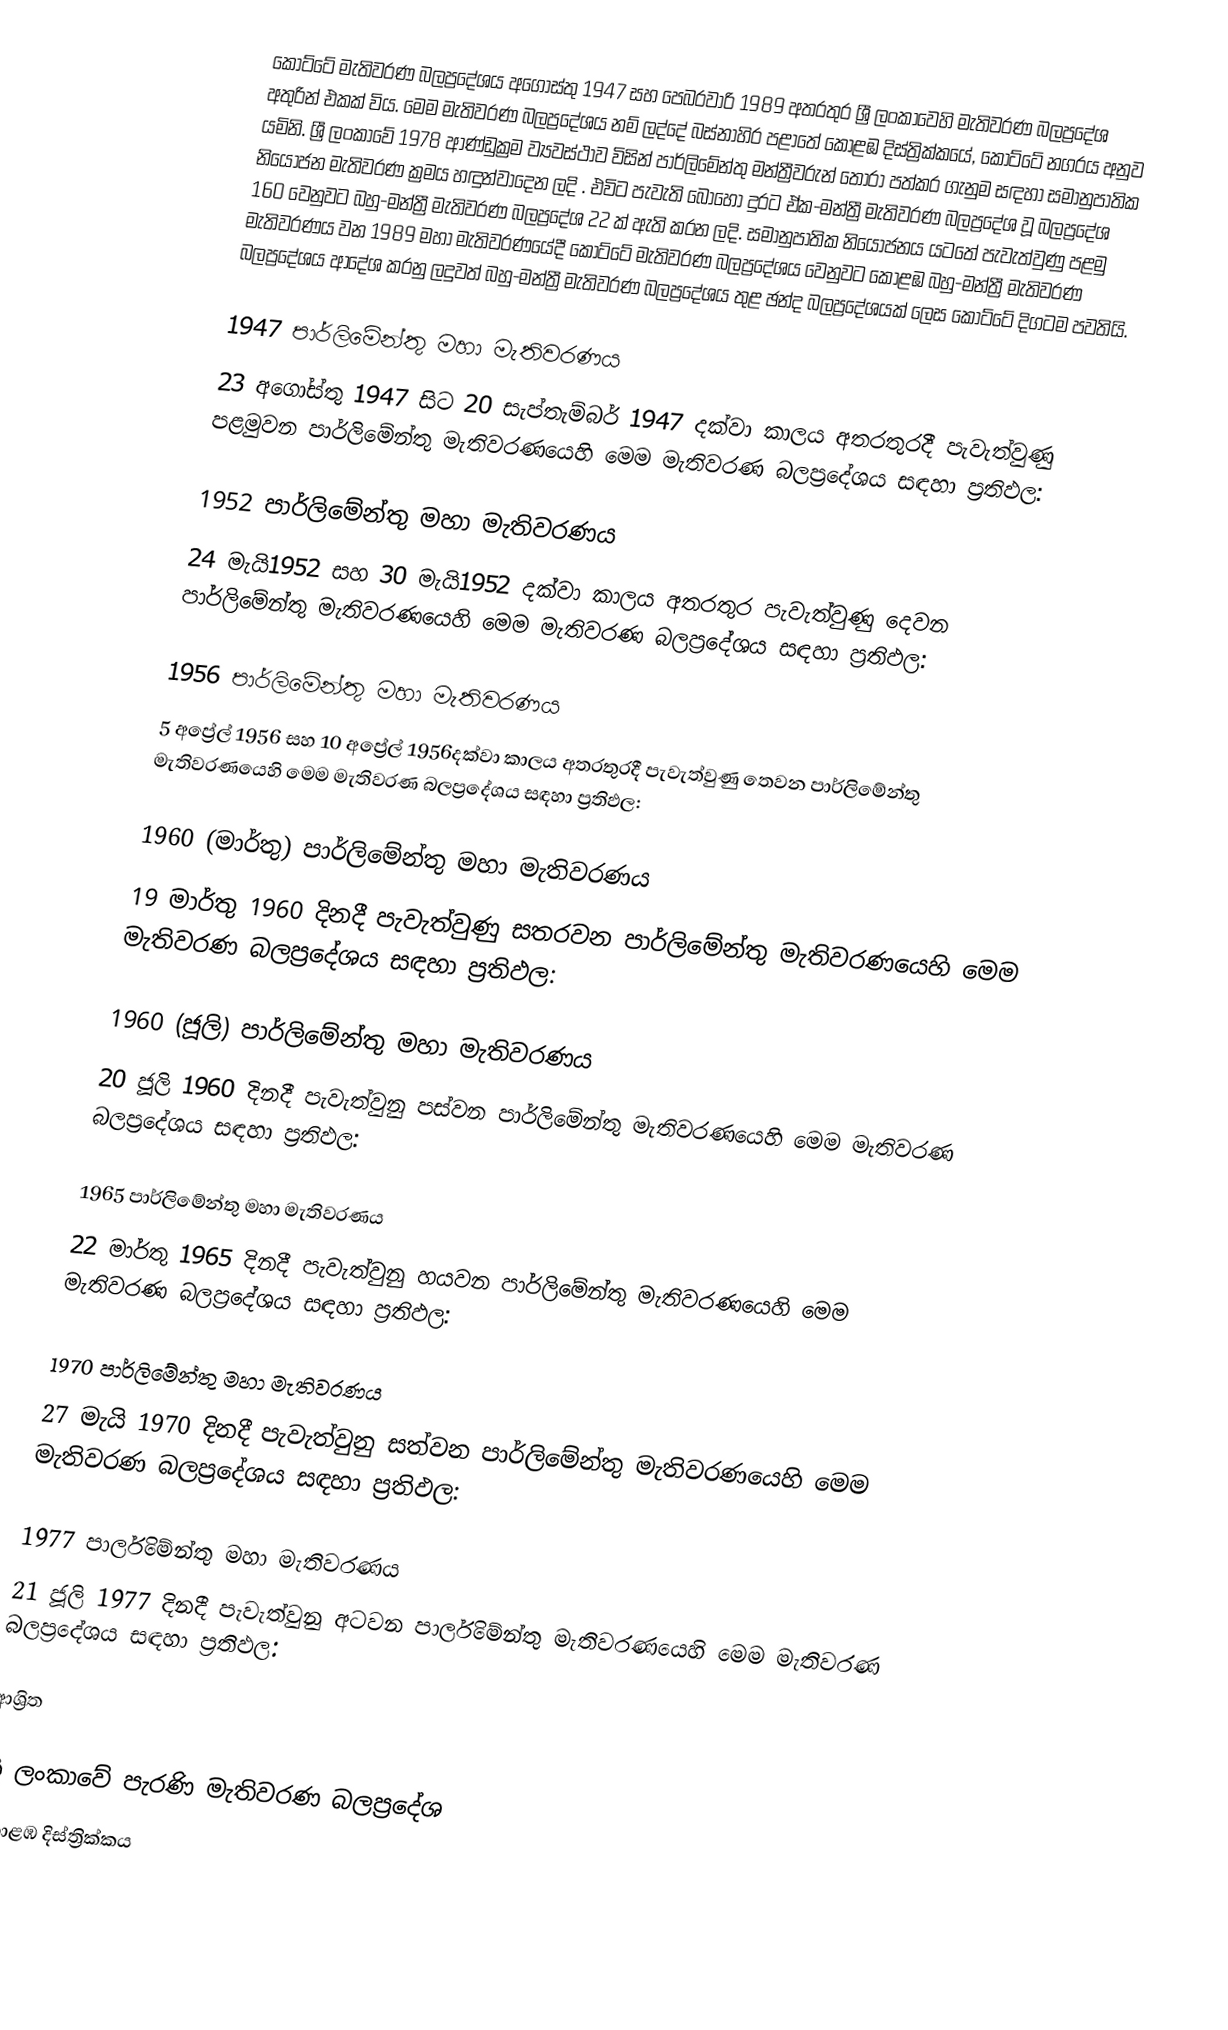
කෝට්ටේ මැතිවරණ බලප්‍රදේශය අගෝස්තු 1947 සහ පෙබරවාරි 1989 අතරතුර  ශ්‍රී ලංකාවෙහි  මැතිවරණ බලප්‍රදේශ අතුරින් එකක් විය. මෙම මැතිවරණ බලප්‍රදේශය නම් ලද්දේ  බස්නාහිර පළාතේ  කොළඹ දිස්ත්‍රික්කයේ,  කෝට්ටේ නගරය අනුව යමිනි. ශ්‍රී ලංකාවේ 1978 ආණ්ඩුක්‍රම ව්‍යවස්ථාව විසින්   පාර්ලිමේන්තු මන්ත්‍රීවරුන් තෝරා පත්කර ගැනුම සඳහා සමානුපාතික නියෝජන මැතිවරණ ක්‍රමය හඳුන්වාදෙන ලදි . එවිට පැවැති බොහෝ දුරට  ඒක-මන්ත්‍රී මැතිවරණ බලප්‍රදේශ වූ බලප්‍රදේශ 160 වෙනුවට බහු-මන්ත්‍රී මැතිවරණ බලප්‍රදේශ 22 ක් ඇති කරන ලදි. සමානුපාතික නියෝජනය යටතේ පැවැත්වුණු පළමු මැතිවරණය වන 1989 මහා මැතිවරණයේදී  කෝට්ටේ මැතිවරණ බලප්‍රදේශය වෙනුවට  කොළඹ බහු-මන්ත්‍රී මැතිවරණ බලප්‍රදේශය  ආදේශ කරනු ලදුවත් බහු-මන්ත්‍රී මැතිවරණ බලප්‍රදේශය තුළ ඡන්ද බලප්‍රදේශයක් ලෙස කෝට්ටේ දිගටම පවතියි.

1947 පාර්ලිමේන්තු මහා මැතිවරණය
23 අගෝස්තු 1947 සිට 20 සැප්තැම්බර් 1947 දක්වා කාලය අතරතුරදී පැවැත්වුණු  පළමුවන පාර්ලිමේන්තු මැතිවරණයෙහි මෙම මැතිවරණ බලප්‍රදේශය සඳහා ප්‍රතිඵල:

1952 පාර්ලිමේන්තු මහා මැතිවරණය
24 මැයි1952 සහ 30 මැයි1952 දක්වා කාලය අතරතුර පැවැත්වුණු  දෙවන පාර්ලිමේන්තු මැතිවරණයෙහි මෙම මැතිවරණ බලප්‍රදේශය සඳහා ප්‍රතිඵල:

1956 පාර්ලිමේන්තු මහා මැතිවරණය
5 අප්‍රේල් 1956 සහ 10 අප්‍රේල් 1956දක්වා කාලය අතරතුරදී පැවැත්වුණු  තෙවන පාර්ලිමේන්තු මැතිවරණයෙහි මෙම මැතිවරණ බලප්‍රදේශය සඳහා ප්‍රතිඵල:

1960 (මාර්තු) පාර්ලිමේන්තු මහා මැතිවරණය
19 මාර්තු 1960 දිනදී පැවැත්වුණු  සතරවන පාර්ලිමේන්තු මැතිවරණයෙහි මෙම මැතිවරණ බලප්‍රදේශය සඳහා ප්‍රතිඵල:

1960 (ජූලි) පාර්ලිමේන්තු මහා මැතිවරණය
20 ජූලි 1960 දිනදී පැවැත්වුනු  පස්වන පාර්ලිමේන්තු මැතිවරණයෙහි මෙම මැතිවරණ බලප්‍රදේශය සඳහා ප්‍රතිඵල:

1965 පාර්ලිමේන්තු මහා මැතිවරණය
22 මාර්තු 1965  දිනදී පැවැත්වුනු  හයවන පාර්ලිමේන්තු මැතිවරණයෙහි මෙම මැතිවරණ බලප්‍රදේශය සඳහා ප්‍රතිඵල:

1970 පාර්ලිමේන්තු මහා මැතිවරණය
27 මැයි 1970 දිනදී පැවැත්වුනු  සත්වන පාර්ලිමේන්තු මැතිවරණයෙහි මෙම මැතිවරණ බලප්‍රදේශය සඳහා ප්‍රතිඵල:

1977 පාර්ලිමේන්තු මහා මැතිවරණය
21 ජූලි 1977 දිනදී පැවැත්වුනු  අටවන පාර්ලිමේන්තු මැතිවරණයෙහි මෙම මැතිවරණ බලප්‍රදේශය සඳහා ප්‍රතිඵල:

ආශ්‍රිත

ශ්‍රී ලංකාවේ පැරණි මැතිවරණ බලප්‍රදේශ
කොළඹ දිස්ත්‍රික්කය